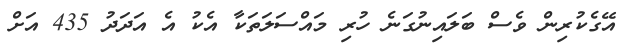
އޭގެކުރިން ވެސް ބަލައިނުގަނެ ހުރި މައްސަލަތަކާ އެކު އެ އަދަދު 435 އަށް